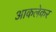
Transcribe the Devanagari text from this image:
आकलेकर